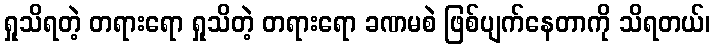
ရှုသိရတဲ့ တရားရော ရှုသိတဲ့ တရားရော ခဏမစဲ ဖြစ်ပျက်နေတာကို သိရတယ်၊